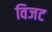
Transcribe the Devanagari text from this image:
विजट